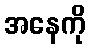
အနေကို